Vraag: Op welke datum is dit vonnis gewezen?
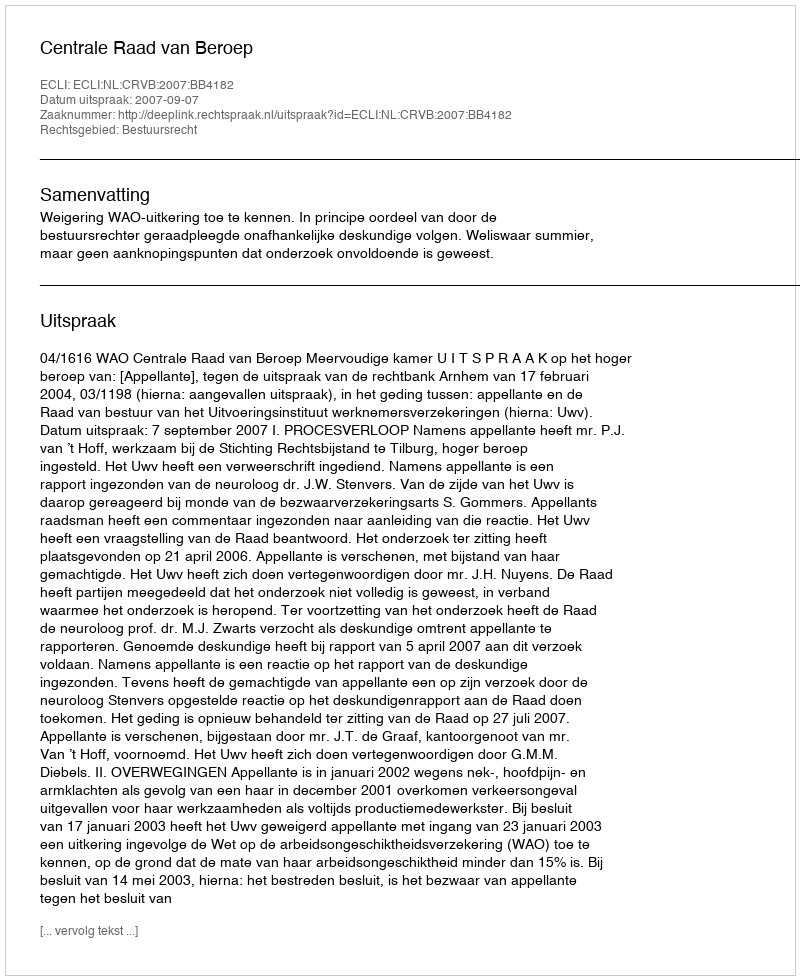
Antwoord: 2007-09-07